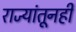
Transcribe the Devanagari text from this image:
राज्यांतूनही